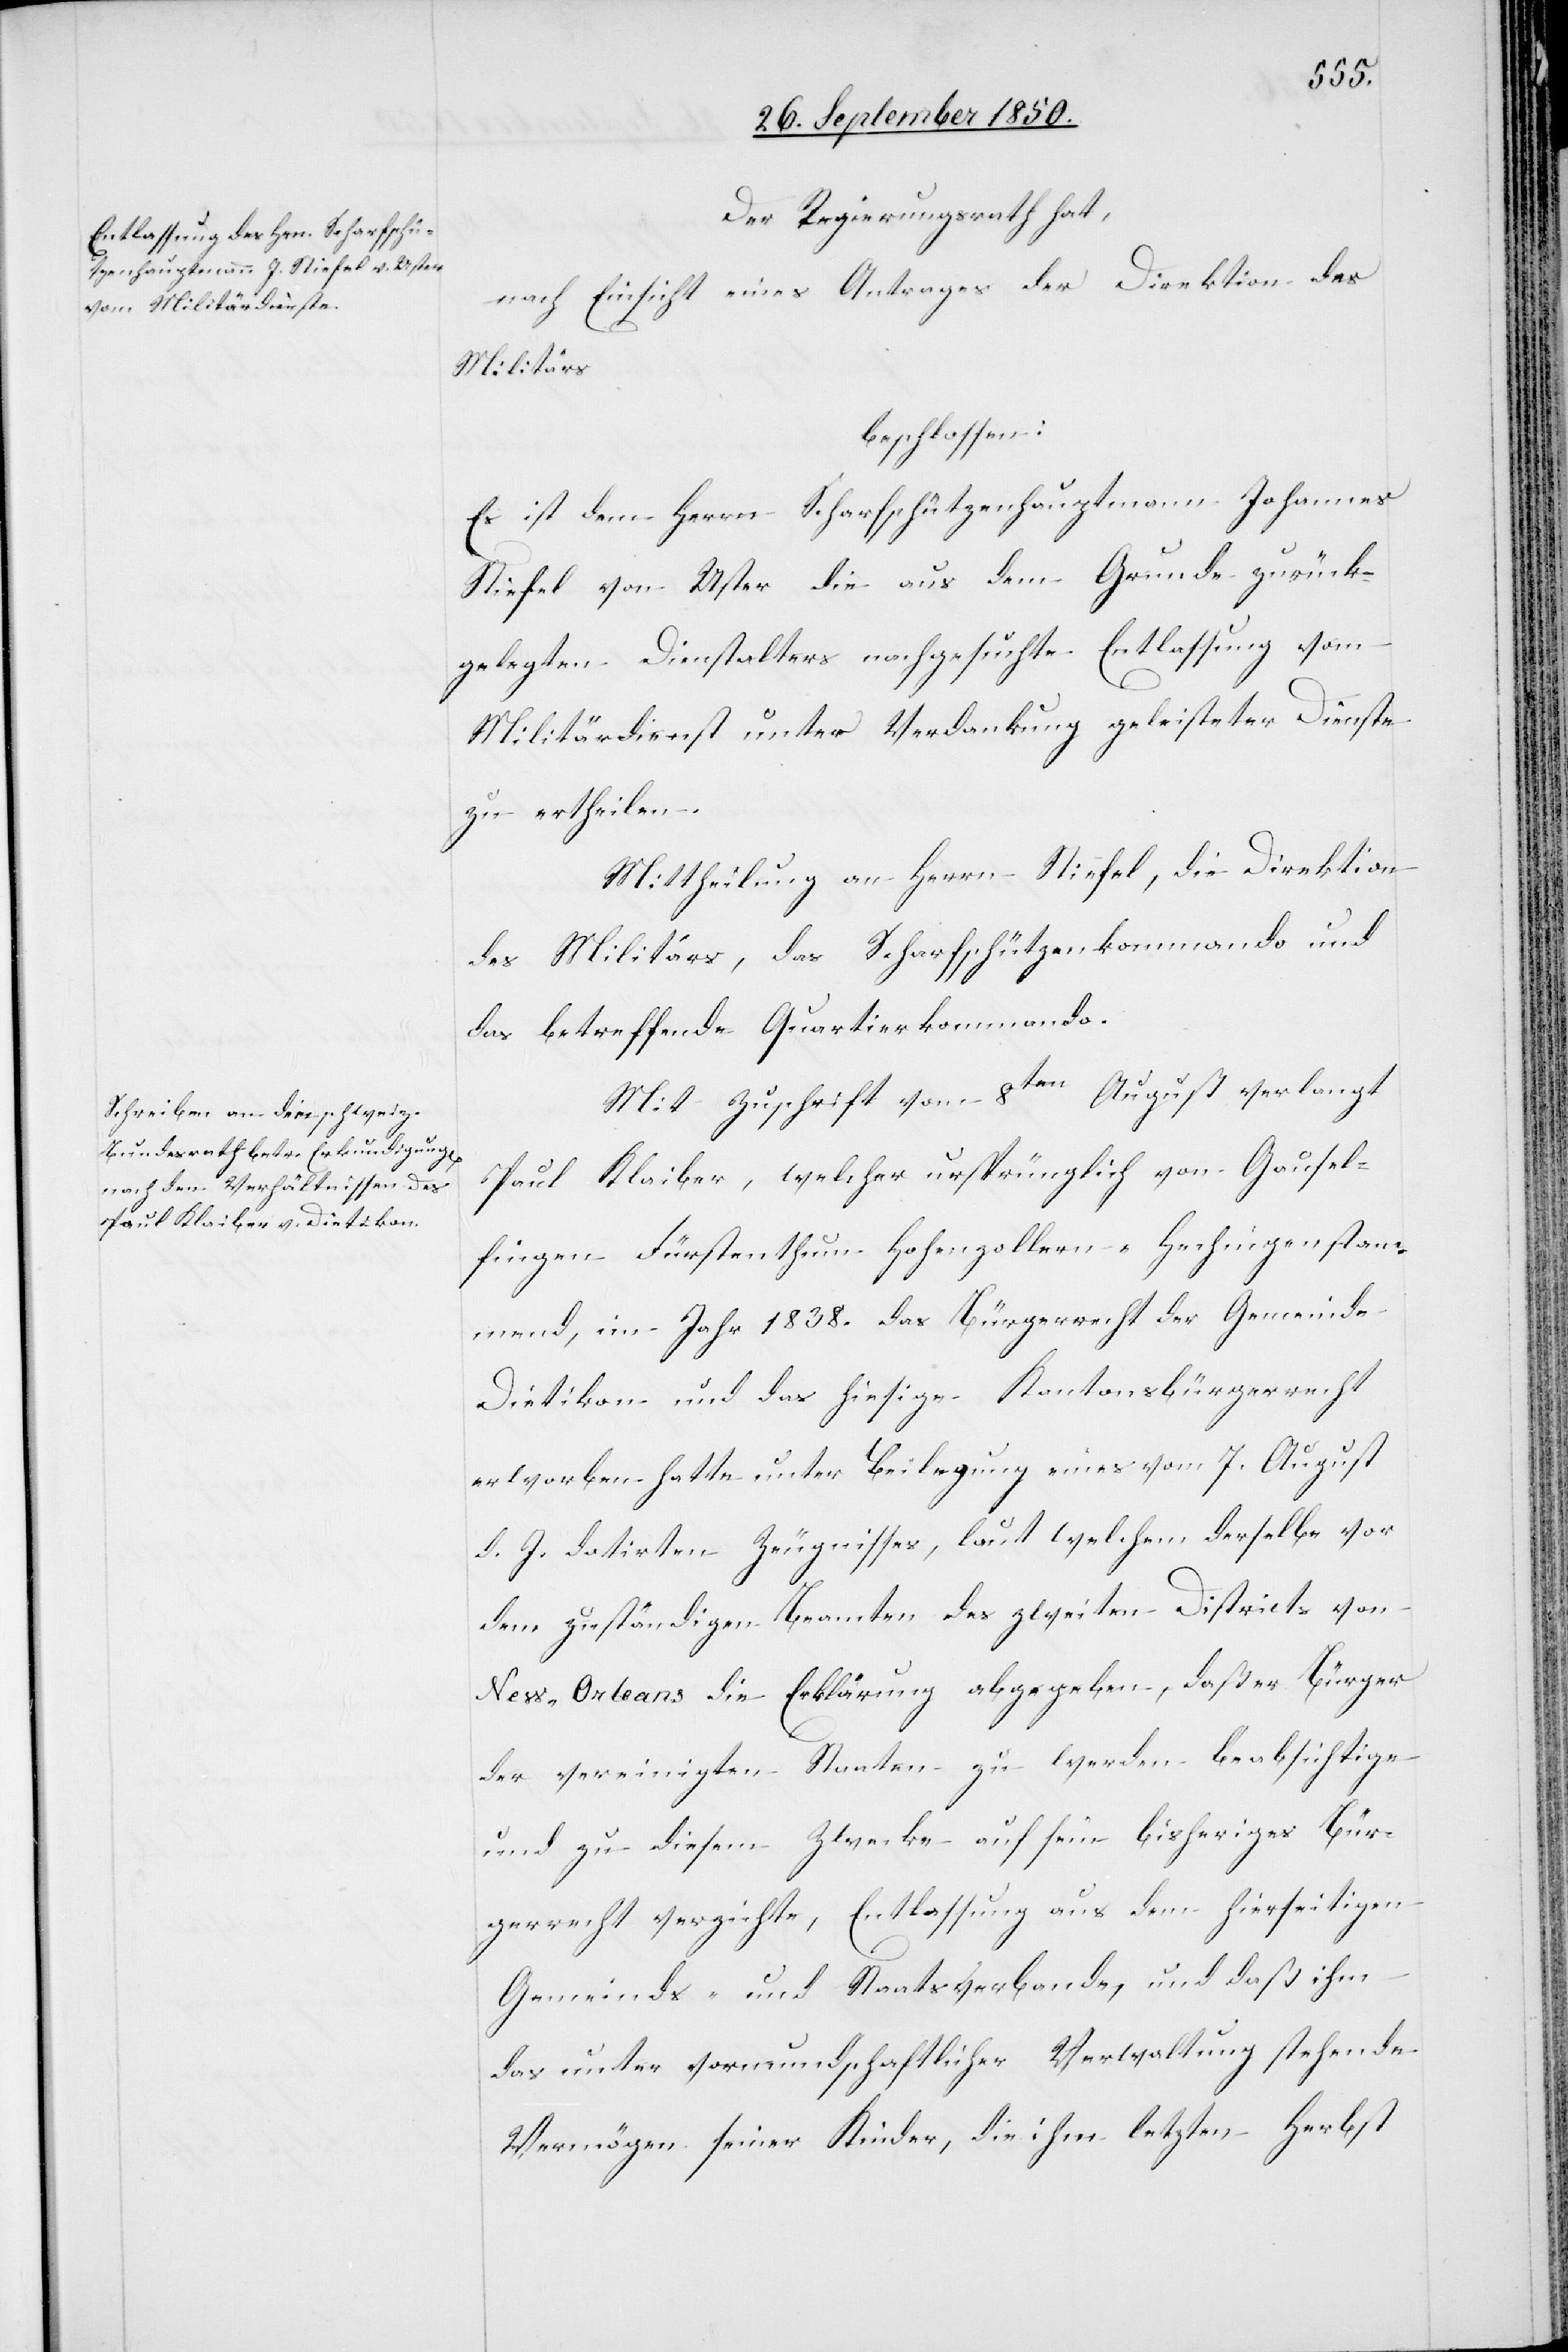
Der Regierungsrath hat,
nach Einsicht eines Antrages der Direktion des
Militärs
beschlossen.
Es ist dem Herrn Scharfschützenhauptmann Johannes
Stiefel von Uster die aus dem Grunde zurück¬
gelegten Dienstalters nachgesuchte Entlassung vom
Militärdienst unter Verdankung geleisteter Dienste
zu ertheilen.
Mittheilung an Herrn Stiefel, die Direktion
des Militärs, das Scharfschützenkommando und
das betreffende Quartierkommando.
Mit Zuschrift vom 8ten August verlangt
Paul Klaiber, welcher ursprünglich von Gausel¬
fingen Fürstenthum Hohenzollern-Hechingen stam¬
mend, im Jahr 1838. das Bürgerrecht der Gemeinde
Dietikon und das hiesige Kantonsbürgerrecht
erworben hatte unter Beilegung eines vom 7. August
d. J. datirten Zeugnisses, laut welchem derselbe vor
dem zuständigen Beamten des zweiten Districts von
New-Orleans die Erklärung abgegeben, daß er Bürger
der vereinigten Staaten zu werden beabsichtige
und zu diesem Zwecke auf sein bisheriges Bür¬
gerrecht verzichte, Entlassung aus dem hierseitigen
Gemeinds- und Staatsverbande, und daß ihm
das unter vormundschaftlicher Verwaltung stehende
Vermögen seiner Kinder, die ihm letzten Herbst